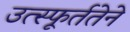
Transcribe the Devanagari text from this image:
उत्स्फूर्ततेने